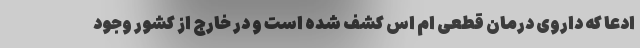
ادعا که داروی درمان قطعی ام اس کشف شده است و در خارج از کشور وجود